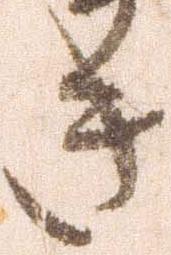
き